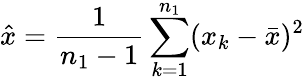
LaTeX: \hat{x}=\frac{1}{n_{1}-1}\sum_{k=1}^{n_{1}}(x_{k}-\bar{x})^{2}